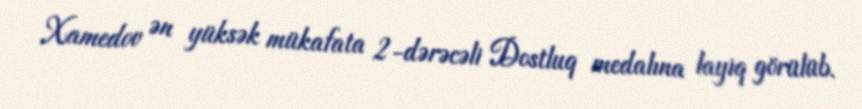
Xamedov ən yüksək mükafata 2-dərəcəli Dostluq medalına layiq görülüb.